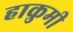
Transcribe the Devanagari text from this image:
हाकुमी